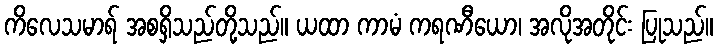
ကိလေသမာရ် အစရှိသည်တို့သည်။ ယထာ ကာမံ ကရဏီယော၊ အလိုအတိုင်း ပြုသည်။